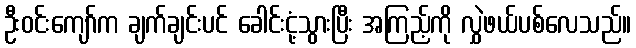
ဦးဝင်းကျော်က ချက်ချင်းပင် ခေါင်းငုံ့သွားပြီး အကြည့်ကို လွှဲဖယ်ပစ်လေသည်။